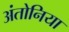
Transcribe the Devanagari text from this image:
अंतोनिया